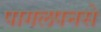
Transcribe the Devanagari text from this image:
पागलपनसे